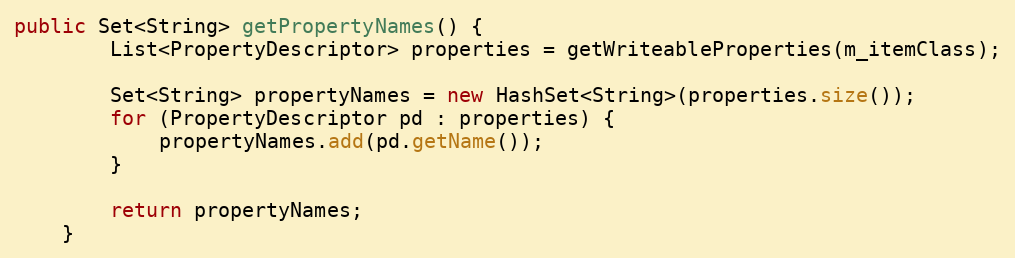
Language: Java
public Set<String> getPropertyNames() {
        List<PropertyDescriptor> properties = getWriteableProperties(m_itemClass);

        Set<String> propertyNames = new HashSet<String>(properties.size());
        for (PropertyDescriptor pd : properties) {
            propertyNames.add(pd.getName());
        }

        return propertyNames;
    }